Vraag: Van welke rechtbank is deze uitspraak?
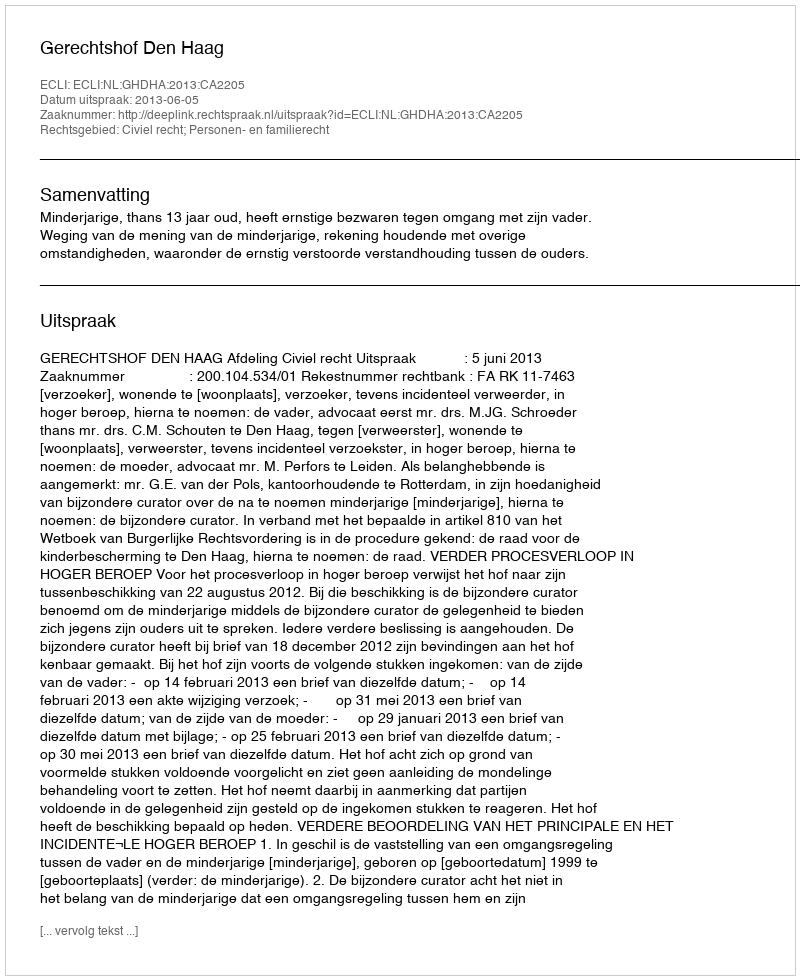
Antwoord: Gerechtshof Den Haag